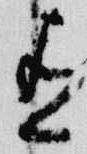
有